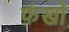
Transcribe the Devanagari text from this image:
फ़ंखों